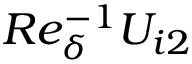
R e _ { \delta } ^ { - 1 } U _ { i 2 }